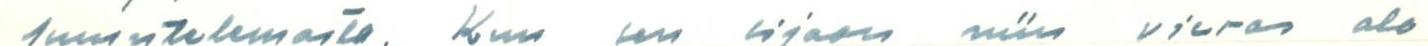
kuuntelemasta. Kun sen sijaan niin vieras ala